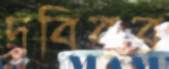
দবিবুর